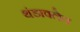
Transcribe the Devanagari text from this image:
थंडावलेच